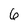
Character: 6